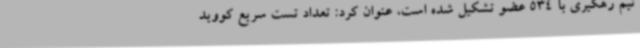
تیم رهگیری با 534 عضو تشکیل شده است، عنوان کرد: تعداد تست سریع کووید